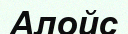
Алойс